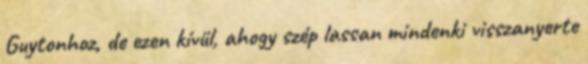
Guytonhoz, de ezen kívül, ahogy szép lassan mindenki visszanyerte